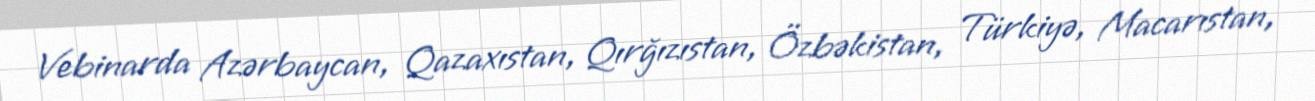
Vebinarda Azərbaycan, Qazaxıstan, Qırğızıstan, Özbəkistan, Türkiyə, Macarıstan,